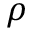
\rho